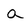
Character: a